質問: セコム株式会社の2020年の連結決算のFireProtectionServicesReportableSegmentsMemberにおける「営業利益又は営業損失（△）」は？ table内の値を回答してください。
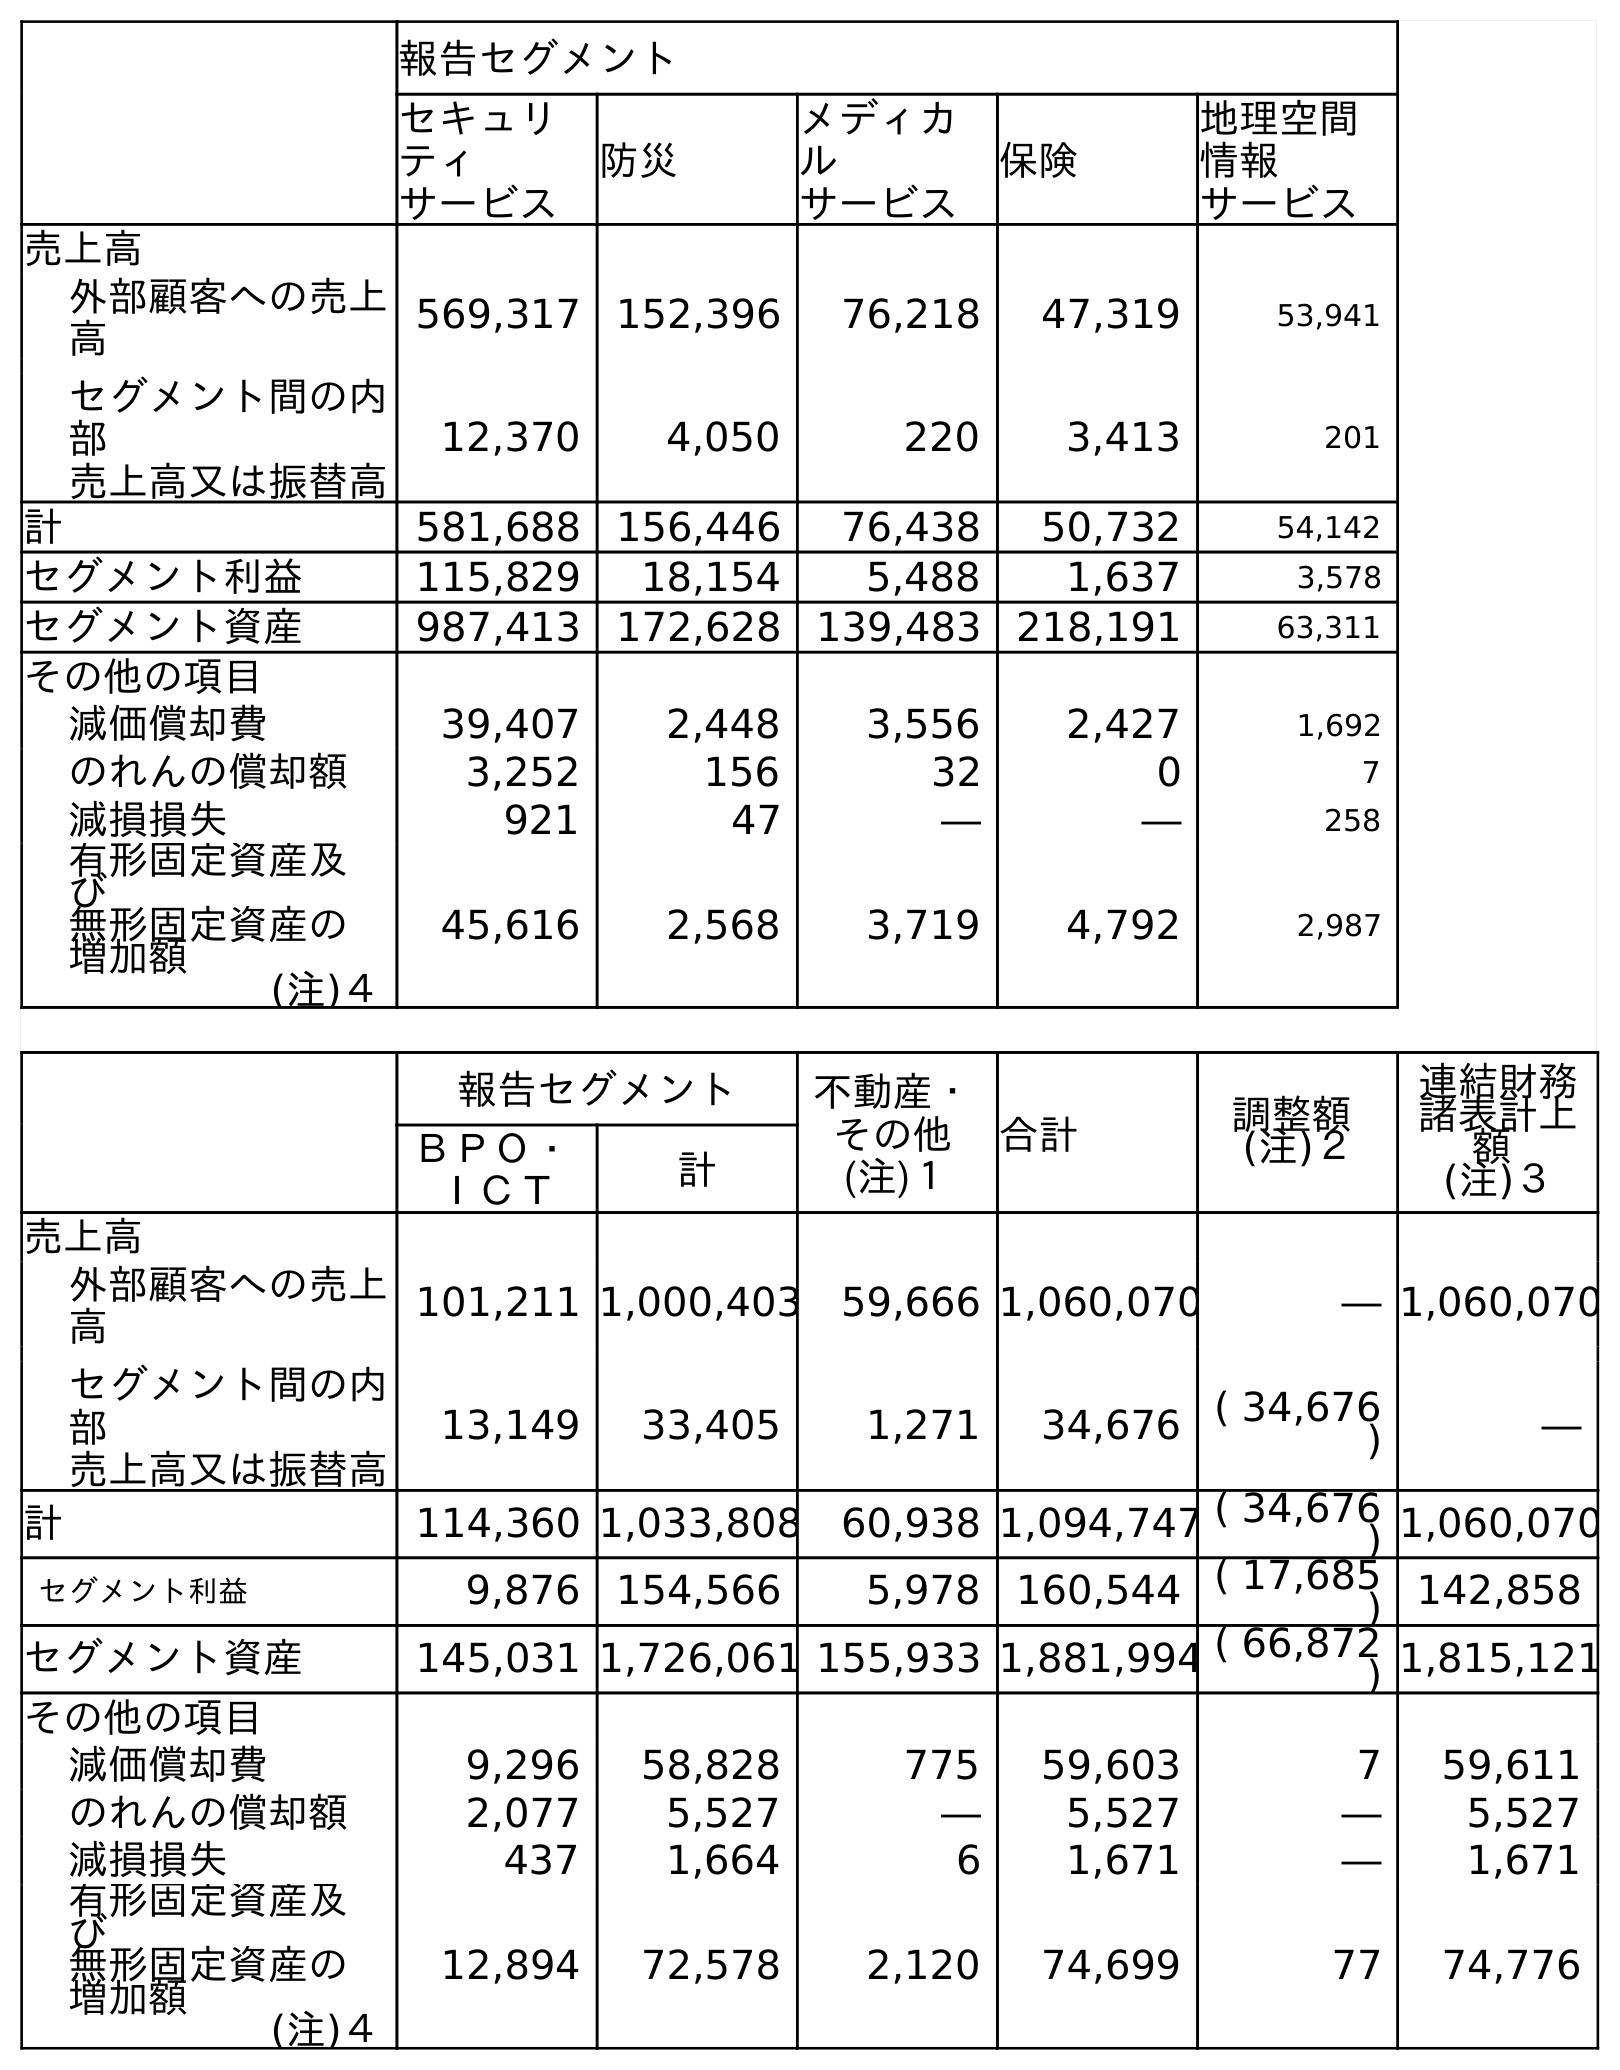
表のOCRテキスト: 報告セグメント セキュリ ティ サービス 防災 メディカ ル サービス 保険 地理空間 情報 サービス 売上高 外部顧客への売上 高 569,317 152,396 76,218 47,319 53,941 セグメント間の内 部 売上高又は振替高 12,370 4,050 220 3,413 201 計 581,688 156,446 76,438 50,732 54,142 セグメント利益 115,829 18,154 5,488 1,637 3,578 セグメント資産 987,413 172,628 139,483 218,191 63,311 その他の項目 減価償却費 39,407 2,448 3,556 2,427 1,692 のれんの償却額 3,252 156 32 0 7 減損損失 921 47 ― ― 258 有形固定資産及 び 無形固定資産の 増加額 (注)４ 45,616 2,568 3,719 4,792 2,987 報告セグメント 不動産・ その他 (注)１ 合計 調整額 (注)２ 連結財務 諸表計上 額 (注)３ ＢＰＯ・ ＩＣＴ 計 売上高 外部顧客への売上 高 101,211 1,000,403 59,666 1,060,070 ― 1,060,070 セグメント間の内 部 売上高又は振替高 13,149 33,405 1,271 34,676 ( 34,676 ) ― 計 114,360 1,033,808 60,938 1,094,747 ( 34,676 ) 1,060,070 セグメント利益 9,876 154,566 5,978 160,544 ( 17,685 ) 142,858 セグメント資産 145,031 1,726,061 155,933 1,881,994 ( 66,872 ) 1,815,121 その他の項目 減価償却費 9,296 58,828 775 59,603 7 59,611 のれんの償却額 2,077 5,527 ― 5,527 ― 5,527 減損損失 437 1,664 6 1,671 ― 1,671 有形固定資産及 び 無形固定資産の 増加額 (注)４ 12,894 72,578 2,120 74,699 77 74,776
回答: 18,154